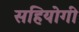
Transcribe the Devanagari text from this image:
सहियोगी